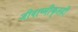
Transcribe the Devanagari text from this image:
जीवाष्मीकृतही